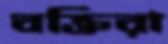
বক্তিরা